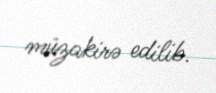
müzakirə edilib.